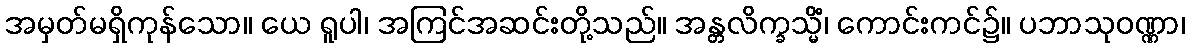
အမှတ်မရှိကုန်သော။ ယေ ရူပါ၊ အကြင်အဆင်းတို့သည်။ အန္တလိက္ခသ္မိံ၊ ကောင်းကင်၌။ ပဘာသုဝဏ္ဏာ၊